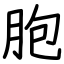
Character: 胞